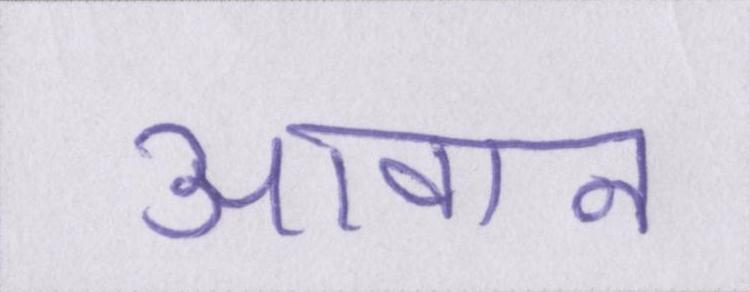
आवान